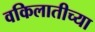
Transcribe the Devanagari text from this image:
वकिलातीच्या